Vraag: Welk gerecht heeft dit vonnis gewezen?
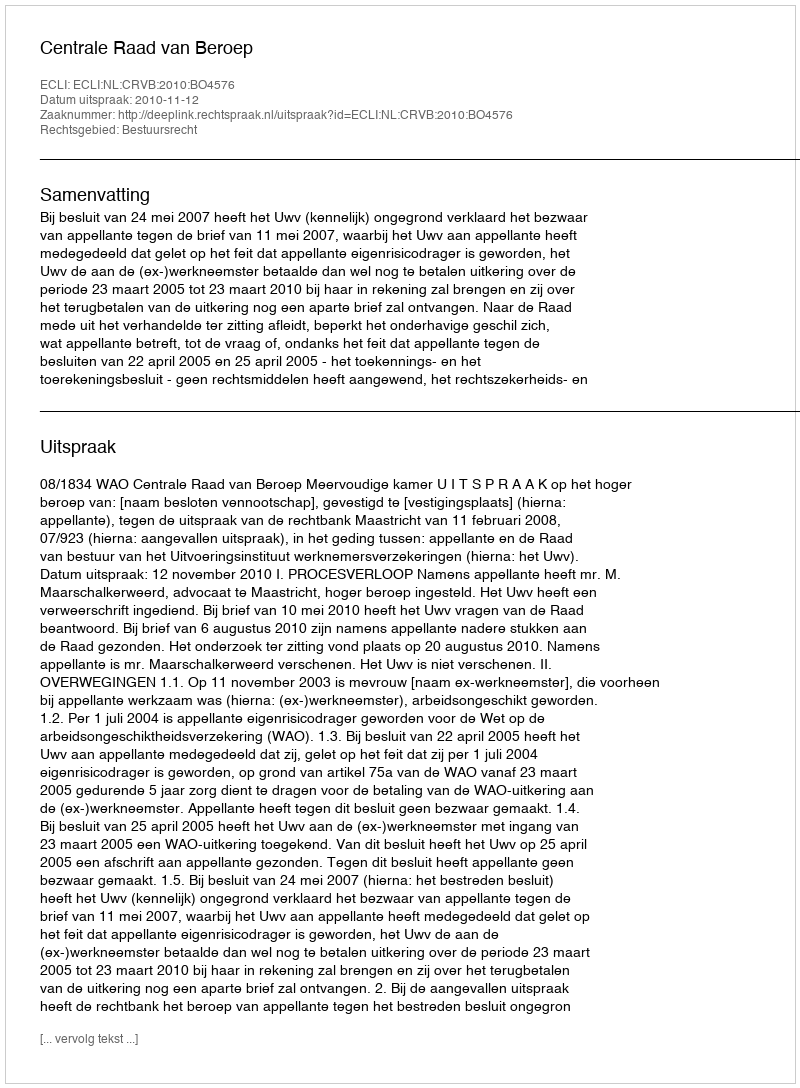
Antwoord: Centrale Raad van Beroep